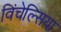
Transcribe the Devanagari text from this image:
विंचेल्सिया